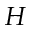
H